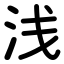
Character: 浅